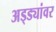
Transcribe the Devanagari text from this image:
अड्ड्यांवर